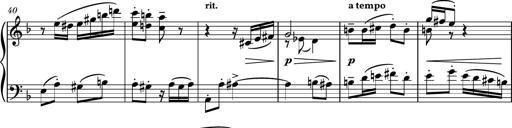
Title: Piano Sonatina No.8
Composer: Dimitri Sykias
Key: F major